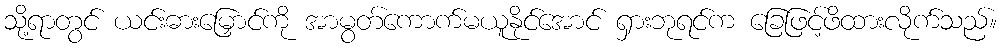
သို့ရာတွင် ယင်းဓားမြှောင်ကို အာမွတ်ကောက်မယူနိုင်အောင် ရှားဘုရင်က ခြေဖြင့်ဖိထားလိုက်သည်။